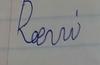
Signature authenticity: forged